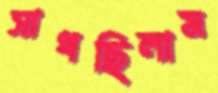
সাধছিলাম